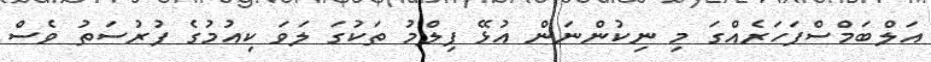
އަލްބަމްސްފަހަރެއްގަ މި ނިކުންނަން އުޅޭ ފިލްމު ތަކުގަ ލަވަ ކިއުމުގެ ފުރުސަތު ވެސް